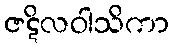
ဇဋိလဝါသိကာ